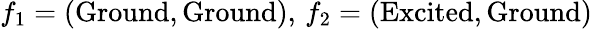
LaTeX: f_{1}=(\mathrm{Ground},\mathrm{Ground}),\, f_{2}=(\mathrm{Excited},\mathrm{Ground})